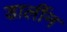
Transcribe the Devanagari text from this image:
डार्लीन